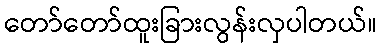
တော်တော်ထူးခြားလွန်းလှပါတယ်။